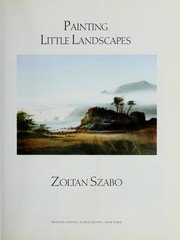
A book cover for Painting Little Landscapes; Zoltan Szabo; Arts & Photography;